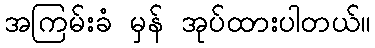
အကြမ်းခံ မှန် အုပ်ထားပါတယ်။